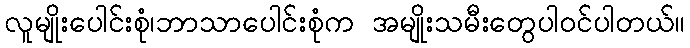
လူမျိုးပေါင်းစုံ၊ဘာသာပေါင်းစုံက အမျိုးသမီးတွေပါဝင်ပါတယ်။